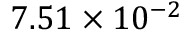
7 . 5 1 \times 1 0 ^ { - 2 }